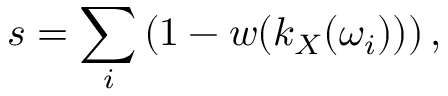
s = \sum _ { i } \left( 1 - w ( k _ { X } ( \omega _ { i } ) ) \right) ,